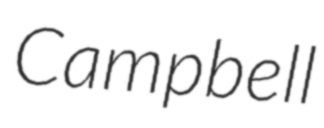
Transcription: Campbell